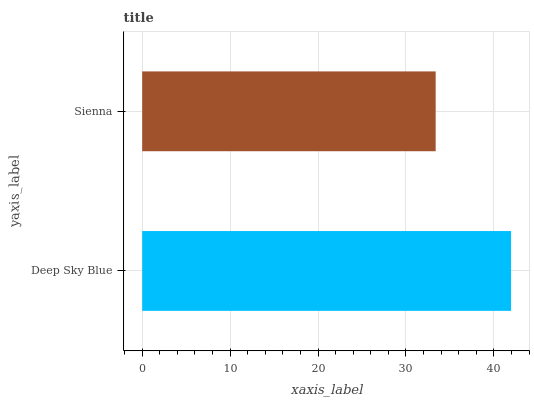
| yaxis_label | bars |
 | --- | --- |
 | Deep Sky Blue | 42 |
 | Sienna | 33.4 |